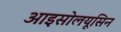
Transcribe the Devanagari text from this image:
आइसोलयूसिन